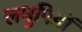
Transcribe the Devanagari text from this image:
लघुपिंडों